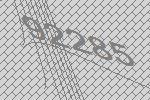
92285